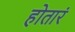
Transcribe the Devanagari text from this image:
होतारं